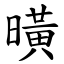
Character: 曂